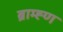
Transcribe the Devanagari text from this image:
ब्राम्ह्ण